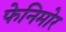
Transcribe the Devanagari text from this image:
फेनिमोर